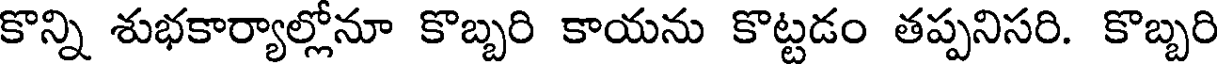
కొన్ని శుభకార్యాల్లోనూ కొబ్బరి కాయను కొట్టడం తప్పనిసరి. కొబ్బరి